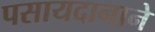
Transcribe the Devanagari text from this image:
पसायदानाने